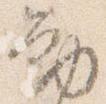
勧